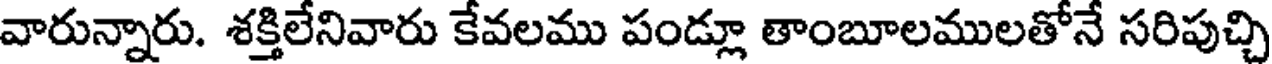
వారున్నారు. శక్తిలేనివారు కేవలము పండ్లూ తాంబూలములతోనే సరిపుచ్చి